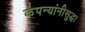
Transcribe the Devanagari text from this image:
कंपन्यांनीसुद्धा